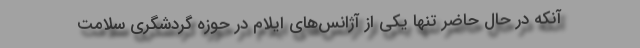
آنکه در حال حاضر تنها یکی از آژانس‌های ایلام در حوزه گردشگری سلامت